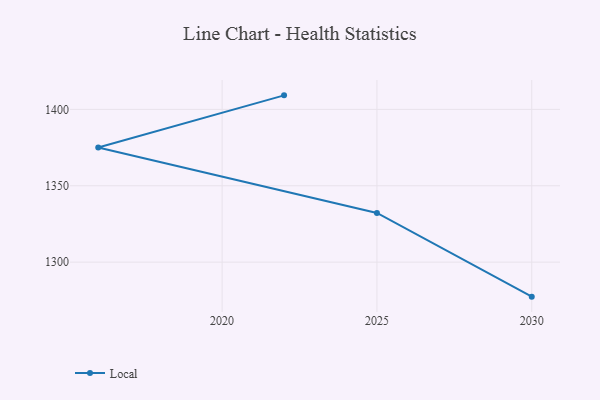
{"axis": {"x": "Year", "y": "Bounce Rate (%)"}, "legend": ["Local"], "data": [{"x": "2022", "y": 1409.2, "type": "Local"}, {"x": "2016", "y": 1375.0, "type": "Local"}, {"x": "2025", "y": 1332.2, "type": "Local"}, {"x": "2030", "y": 1277.4, "type": "Local"}]}